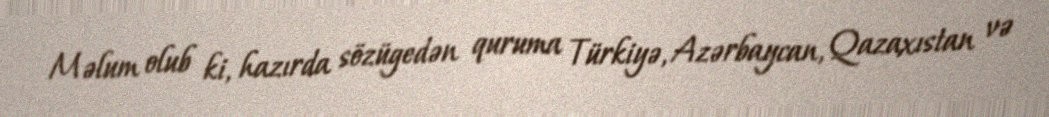
Məlum olub ki, hazırda sözügedən quruma Türkiyə, Azərbaycan, Qazaxıstan və